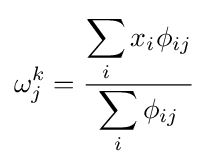
\omega _{j}^{k}={\frac {\displaystyle \sum _{i}x_{i}\phi _{ij}}{\displaystyle \sum _{i}\phi _{ij}}}